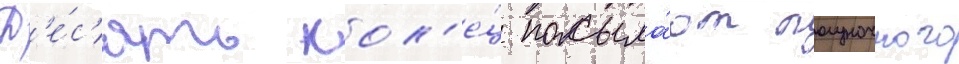
Д'е́с'ять кол'е́ц посыла́ют полуночного